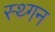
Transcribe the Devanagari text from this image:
स्थ्गन